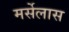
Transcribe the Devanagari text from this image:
मर्सेलास